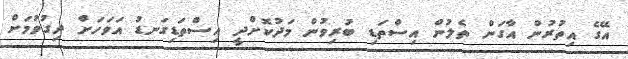
އޭގެ އިތުރުން އާގަން ތެލުން އިސްތަޑި ބުރިވުން މަދުކޮށްދީ އިސްތަޑިގަނޑު އަވަހަށް ދިގުވުމަށް